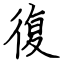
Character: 復